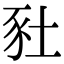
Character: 䝅